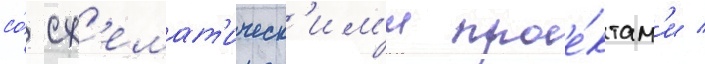
со́ сх'емат'ическ'им'и прое́ктам'и /